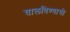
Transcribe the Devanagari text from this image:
घालविण्याची